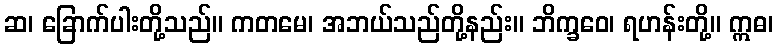
ဆ၊ ခြောက်ပါးတို့သည်။ ကတမေ၊ အဘယ်သည်တို့နည်း။ ဘိက္ခဝေ၊ ရဟန်းတို့။ ဣဓ၊